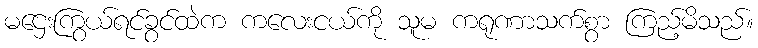
မဌေးကြွယ်ရင်ခွင်ထဲက ကလေးငယ်ကို သူမ ကရုဏာသက်စွာ ကြည့်မိသည်။